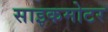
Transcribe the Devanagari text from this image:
साइकमोटर